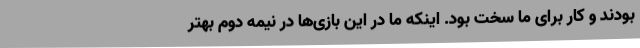
بودند و کار برای ما سخت بود. اینکه ما در این بازی‌ها در نیمه دوم بهتر